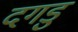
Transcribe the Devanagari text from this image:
दगडु